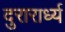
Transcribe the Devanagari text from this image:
दुरारार्ध्य